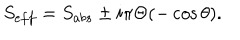
S _ { e f f } = S _ { a b s } \pm i \pi \Theta ( - \cos \theta ) .